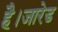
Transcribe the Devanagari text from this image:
है।जारेड